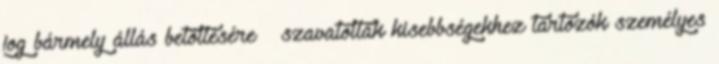
jog bármely állás betöltésére → szavatolták kisebbségekhez tartozók személyes